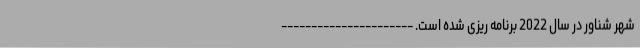
شهر شناور در سال 2022 برنامه ریزی شده است. ----------------------